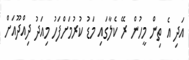
އަދި އެ ތިން މީހުން ރޭ ކެލާގައި މަޑު ކުރުމަށްފަހު މިއަދު ދިއްދޫއަށް